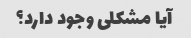
آیا مشکلی وجود دارد؟